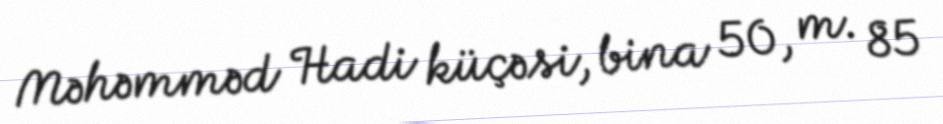
Məhəmməd Hadi küçəsi, bina 50, m. 85